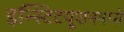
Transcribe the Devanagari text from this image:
इन्स्टिटयूशनमध्ये